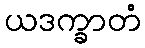
ယဒက္ခာတံ